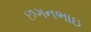
છગનભાઇ